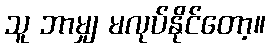
သူ ဘာမျှ မလုပ်နိုင်တော့။